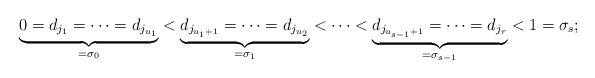
LaTeX: \begin{align*} \underbrace{0 = d_{j_1} = \cdots = d_{j_{u_1}} }_{=\sigma_0}< \underbrace{d_{j_{u_1 +1}} = \cdots =d_{j_{u_2}}}_{=\sigma_1} < \cdots <\underbrace{ d_{j_{u_{s-1}+1}} = \cdots =d_{j_r} }_{=\sigma_{s-1}} <1 = \sigma_{s};\end{align*}